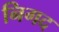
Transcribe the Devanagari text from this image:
निगद